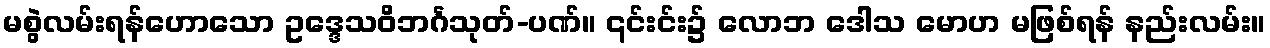
မစွဲလမ်းရန်ဟောသော ဥဒ္ဒေသဝိဘင်္ဂသုတ်-ပဏ်။ ၎င်းင်း၌ လောဘ ဒေါသ မောဟ မဖြစ်ရန် နည်းလမ်း။